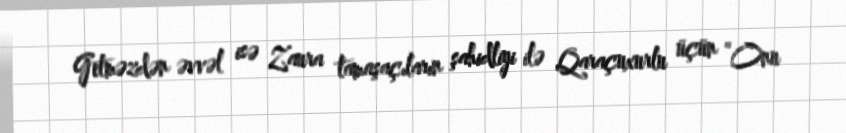
Getməzdən əvvəl isə Zaura tamaşaçıların şahidliyi ilə Qaraçuxurlu üçün “Onu